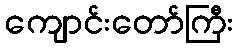
ကျောင်းတော်ကြီး